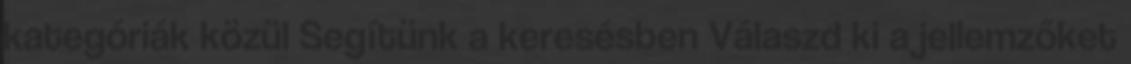
kategóriák közül Segítünk a keresésben Válaszd ki a jellemzőket